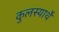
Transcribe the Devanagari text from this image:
कुलस्यार्थे